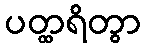
ပတ္ထရိတွာ